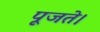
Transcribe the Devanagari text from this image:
पूजते।